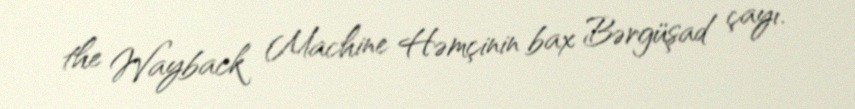
the Wayback Machine Həmçinin bax Bərgüşad çayı.